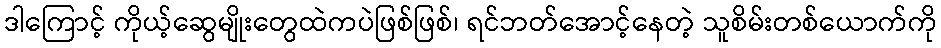
ဒါကြောင့် ကိုယ့်ဆွေမျိုးတွေထဲကပဲဖြစ်ဖြစ်၊ ရင်ဘတ်အောင့်နေတဲ့ သူစိမ်းတစ်ယောက်ကို